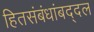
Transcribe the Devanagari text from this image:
हितसंबंधांबद्दल